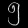
Digit: ၅